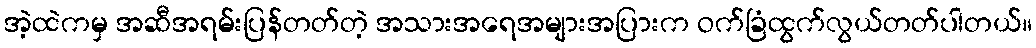
အဲ့ထဲကမှ အဆီအရမ်းပြန်တတ်တဲ့ အသားအရေအများအပြားက ဝက်ခြံထွက်လွယ်တတ်ပါတယ်။